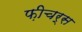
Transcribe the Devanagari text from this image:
फ़ीचर्स